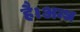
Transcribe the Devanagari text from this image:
है।अन्ध